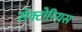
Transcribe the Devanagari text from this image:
सेक्टोरियस